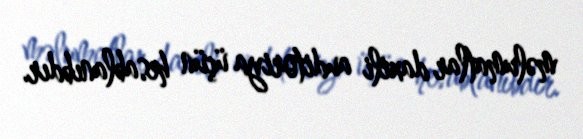
məlumatlar daxili auditoriya üçün hesablanıbdır.